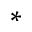
\ast